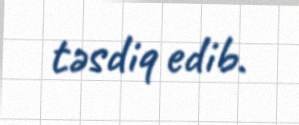
təsdiq edib.